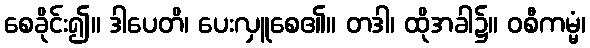
စေခိုင်း၍။ ဒါပေတိ၊ ပေးလှူစေ၏။ တဒါ၊ ထိုအခါ၌။ ဝစီကမ္မံ၊